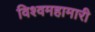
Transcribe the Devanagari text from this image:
विश्वमहामारी